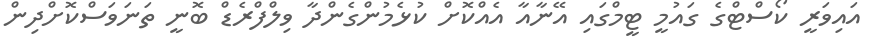
އައިވަރީ ކޯސްޓްގެ ގައުމީ ޓީމްގައި އޭނާއާ އެއްކޮށް ކުޅެމުންގެންދާ ވިލްފްރެޑް ބޮނީ ތަނަވަސްކޮށްދިން